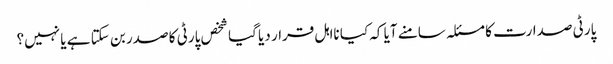
پارٹی صدارت کا مسئلہ سامنے آیا کہ کیا نااہل قرار دیا گیا شخص پارٹی کا صدر بن سکتا ہے یا نہیں؟